Lunatic asylums in Bengal annual reports 1912-1924 - 1912-1924
Year: 1912
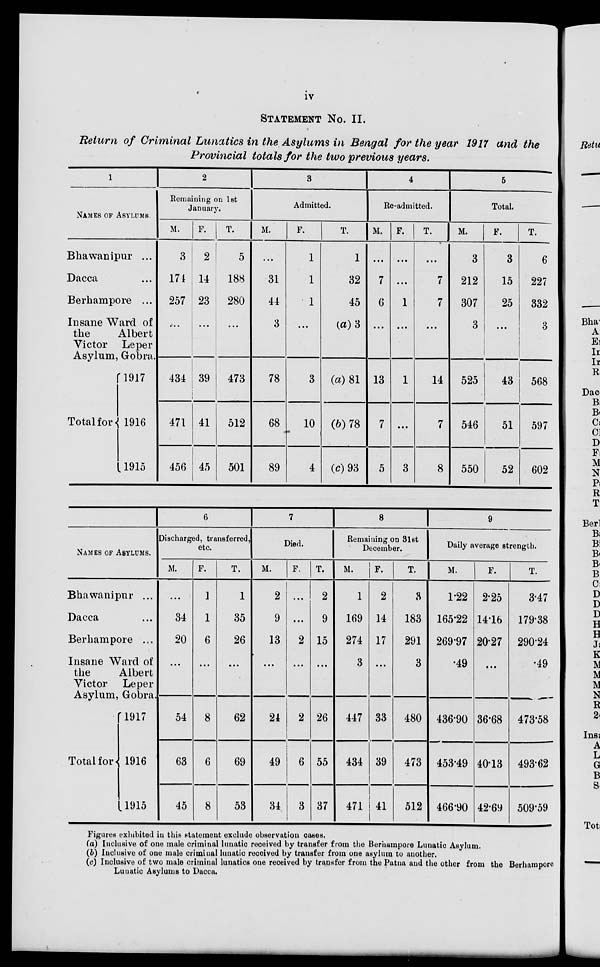
iv
STATEMENT No. II.
Return of Criminal Lunatics in the Asylums in Bengal for the year 1917 and the
Provincial totals for the two previous years.
1
NAMES OF ASYLUMS.
Bhawanipur ...
Dacca ...
Berhampore ...
Insane Ward of
the
Albert
Victor Leper
Asylum, Gobra.
Total for
1917
1916
1915
2
Remaining on 1st
January.
M.
3
174
257
...
434
471
456
F.
2
14
23
...
39
41
45
T.
5
188
280
...
473
512
501
3
Admitted.
M.
...
31
44
3
78
68
89
F.
1
1
1
...
3
10
4
T.
1
32
45
(a) 3
(a) 81
(b) 78
(c)93
4
Re-admitted.
M.
...
7
6
...
13
7
5
F.
...
...
1
...
1
...
3
T.
...
7
7
...
14
7
8
5
Total.
M.
3
212
307
3
525
546
550
F.
3
15
25
...
43
51
52
T.
6
227
332
3
568
597
602
NAMES OF ASYLUMS.
Bhawanipur ...
Dacca ...
Berhampore ...
Insane Ward of
the
Albert
Victor Leper
Asylum, Gobra.
Total for
1917
1916
1915
6
Discharged, transferred,
etc.
M.
...
34
20
...
54
63
45
F.
1
1
6
...
8
6
8
T.
1
35
26
...
62
69
53
7
Died.
M.
2
9
13
...
24
49
34
F.
...
...
2
...
2
6
3
T.
2
9
15
...
26
55
37
8
Remaining on 31st
December.
M.
1
169
274
3
447
434
471
F.
2
14
17
...
33
39
41
T.
3
183
291
3
480
473
512
9
Daily average strength.
M.
1.22
165.22
269.97
.49
436.90
453.49
466.90
F.
2.25
14.16
20.27
...
36.68
40.13
42.64
T.
3.47
179.38
290.24
.49
473.58
493.62
509.59
Figures exhibited in this statement exclude observation cases.
(a) Inclusive of one male criminal lunatic received by transfer from the Berhampore Lunatic Asylum.
(b) Inclusive of one male criminal lunatic received by transfer from one asylum to another.
(c) Inclusive of two male criminal lunatics one received by transfer from the Patna and the other from the Berhampore
Lunatic Asylums to Dacca.